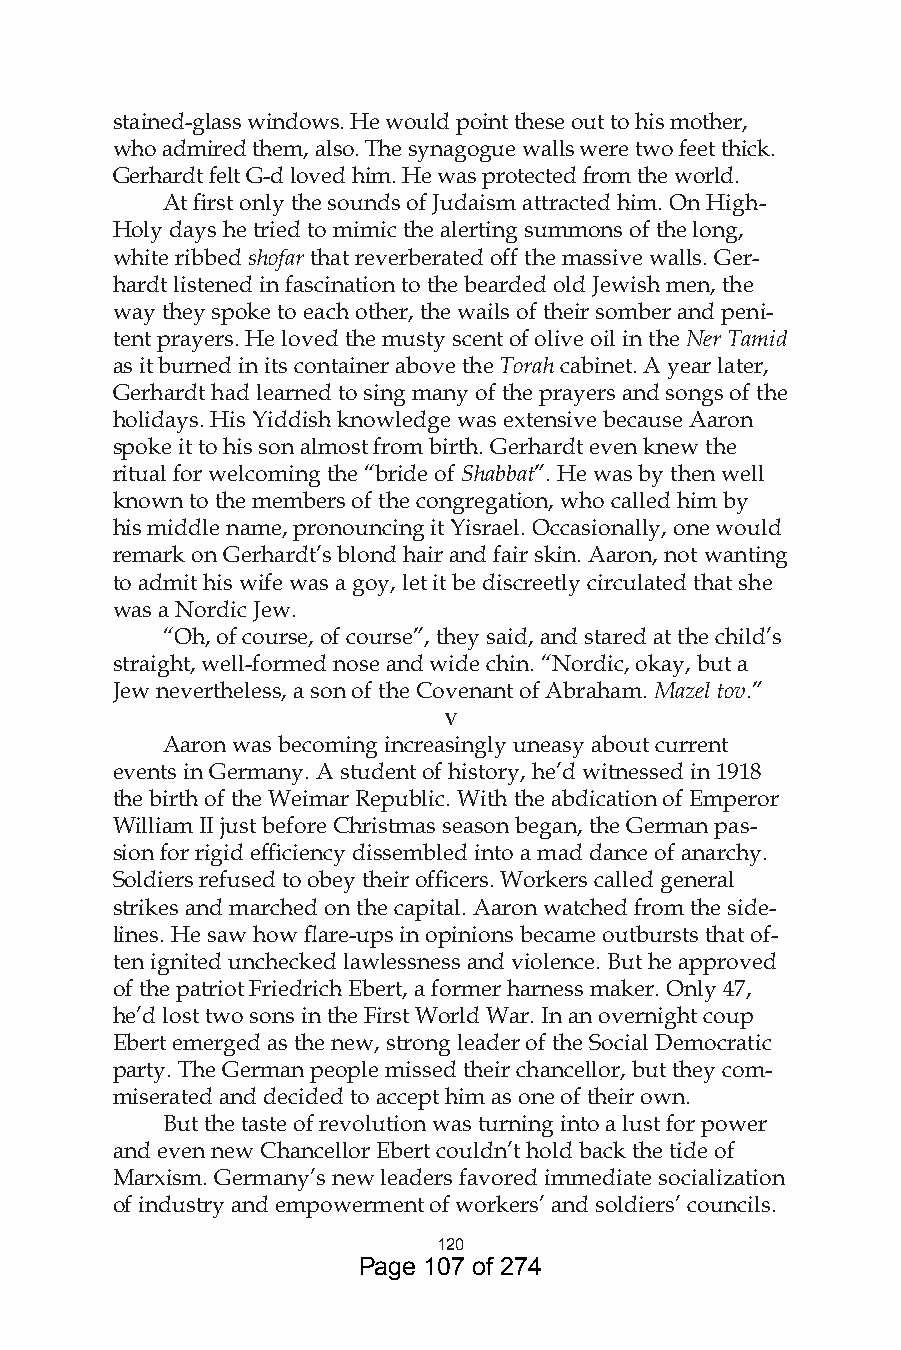
stained-glass windows. He would point these out to his mother,
 who admired them, also. The synagogue walls were two feet thick.
 Gerhardt felt G-d loved him. He was protected from the world.
 At first only the sounds of Judaism attracted him. On High-
 Holy days he tried to mimic the alerting summons of the long,
 white ribbed shofar that reverberated off the massive walls. Ger-
 hardt listened in fascination to the bearded old Jewish men, the
 way they spoke to each other, the wails of their somber and peni-
 tent prayers. He loved the musty scent of olive oil in the Ner Tamid
 as it burned in its container above the Torah cabinet. A year later,
 Gerhardt had learned to sing many of the prayers and songs of the
 holidays. His Yiddish knowledge was extensive because Aaron
 spoke it to his son almost from birth. Gerhardt even knew the
 ritual for welcoming the “bride of Shabbat”. He was by then well
 known to the members of the congregation, who called him by
 his middle name, pronouncing it Yisrael. Occasionally, one would
 remark on Gerhardt’s blond hair and fair skin. Aaron, not wanting
 to admit his wife was a goy, let it be discreetly circulated that she
 was a Nordic Jew.
 “Oh, of course, of course”, they said, and stared at the child’s
 straight, well-formed nose and wide chin. “Nordic, okay, but a
 Jew nevertheless, a son of the Covenant of Abraham. Mazel tov.”
 v
 Aaron was becoming increasingly uneasy about current
 events in Germany. A student of history, he’d witnessed in 1918
 the birth of the Weimar Republic. With the abdication of Emperor
 William II just before Christmas season began, the German pas-
 sion for rigid efficiency dissembled into a mad dance of anarchy.
 Soldiers refused to obey their officers. Workers called general
 strikes and marched on the capital. Aaron watched from the side-
 lines. He saw how flare-ups in opinions became outbursts that of-
 ten ignited unchecked lawlessness and violence. But he approved
 of the patriot Friedrich Ebert, a former harness maker. Only 47,
 he’d lost two sons in the First World War. In an overnight coup
 Ebert emerged as the new, strong leader of the Social Democratic
 party. The German people missed their chancellor, but they com-
 miserated and decided to accept him as one of their own.
 But the taste of revolution was turning into a lust for power
 and even new Chancellor Ebert couldn’t hold back the tide of
 Marxism. Germany’s new leaders favored immediate socialization
 of industry and empowerment of workers’ and soldiers’ councils.
 0
 Page 107 of 274